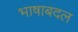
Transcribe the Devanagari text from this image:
भाषाबदल